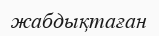
жабдықтаған